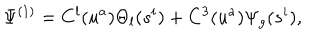
\Psi ^ { ( 1 ) } = C ^ { l } ( u ^ { a } ) \Theta _ { l } ( s ^ { i } ) + C ^ { 3 } ( u ^ { a } ) \Psi _ { g } ( s ^ { i } ) ,